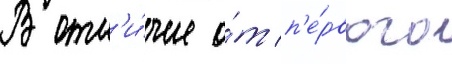
В отл'и́чие о́т п'е́рвого